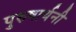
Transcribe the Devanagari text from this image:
पुरुषार्थनी